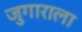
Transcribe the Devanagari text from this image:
जुगाराला